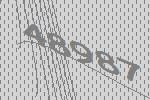
48987